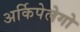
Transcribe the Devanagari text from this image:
अर्किपेलेगो